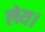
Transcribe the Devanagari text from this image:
लेय।